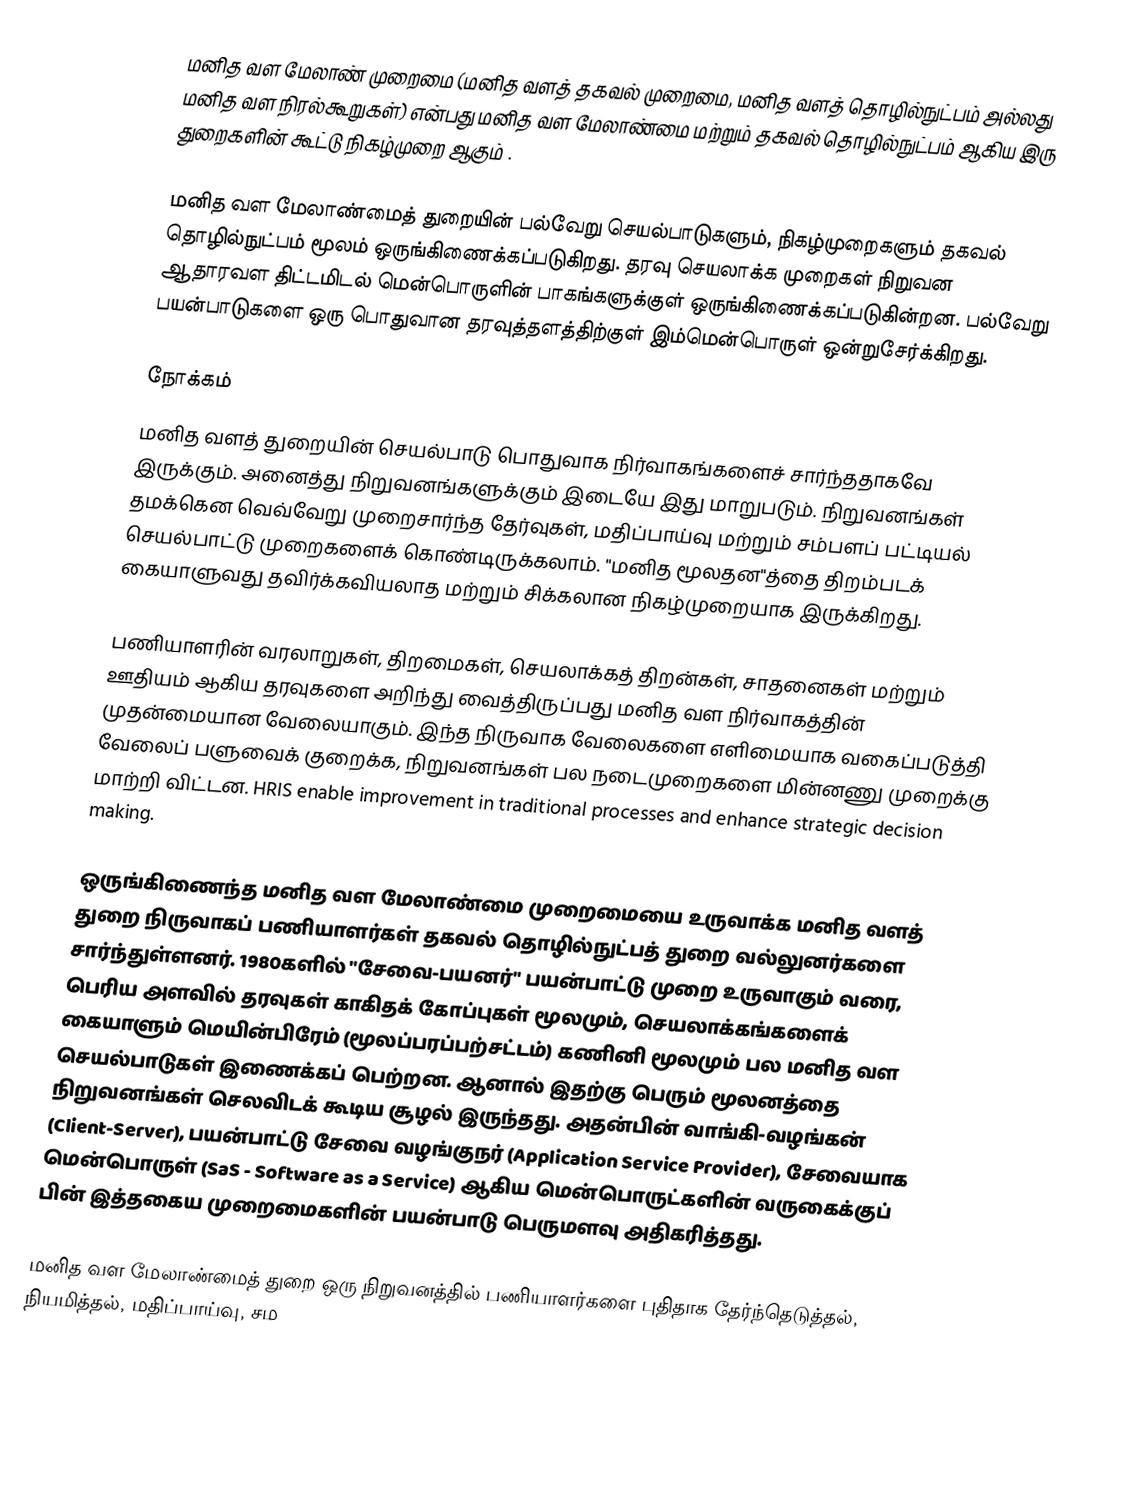
மனித வள மேலாண் முறைமை (மனித வளத் தகவல் முறைமை, மனித வளத் தொழில்நுட்பம் அல்லது மனித வள நிரல்கூறுகள்) என்பது மனித வள மேலாண்மை மற்றும் தகவல் தொழில்நுட்பம் ஆகிய இரு துறைகளின் கூட்டு நிகழ்முறை ஆகும் .

மனித வள மேலாண்மைத் துறையின் பல்வேறு செயல்பாடுகளும், நிகழ்முறைகளும் தகவல் தொழில்நுட்பம் மூலம் ஒருங்கிணைக்கப்படுகிறது. தரவு செயலாக்க முறைகள் நிறுவன ஆதாரவள திட்டமிடல் மென்பொருளின் பாகங்களுக்குள் ஒருங்கிணைக்கப்படுகின்றன. பல்வேறு பயன்பாடுகளை ஒரு பொதுவான தரவுத்தளத்திற்குள் இம்மென்பொருள் ஒன்றுசேர்க்கிறது.

நோக்கம்
மனித வளத் துறையின் செயல்பாடு பொதுவாக நிர்வாகங்களைச் சார்ந்ததாகவே இருக்கும். அனைத்து நிறுவனங்களுக்கும் இடையே இது  மாறுபடும். நிறுவனங்கள் தமக்கென வெவ்வேறு முறைசார்ந்த தேர்வுகள், மதிப்பாய்வு மற்றும் சம்பளப் பட்டியல் செயல்பாட்டு முறைகளைக் கொண்டிருக்கலாம். "மனித மூலதன"த்தை திறம்படக் கையாளுவது தவிர்க்கவியலாத மற்றும் சிக்கலான நிகழ்முறையாக இருக்கிறது.

பணியாளரின் வரலாறுகள், திறமைகள், செயலாக்கத் திறன்கள், சாதனைகள் மற்றும் ஊதியம் ஆகிய தரவுகளை அறிந்து வைத்திருப்பது மனித வள நிர்வாகத்தின் முதன்மையான வேலையாகும். இந்த நிருவாக வேலைகளை எளிமையாக வகைப்படுத்தி வேலைப் பளுவைக் குறைக்க, நிறுவனங்கள் பல நடைமுறைகளை மின்னணு முறைக்கு மாற்றி விட்டன.  HRIS enable improvement in traditional processes and enhance strategic decision making.

ஒருங்கிணைந்த மனித வள மேலாண்மை முறைமையை உருவாக்க மனித வளத் துறை நிருவாகப் பணியாளர்கள் தகவல் தொழில்நுட்பத் துறை வல்லுனர்களை சார்ந்துள்ளனர். 1980களில் "சேவை-பயனர்" பயன்பாட்டு முறை உருவாகும் வரை, பெரிய அளவில் தரவுகள் காகிதக் கோப்புகள் மூலமும், செயலாக்கங்களைக் கையாளும் மெயின்பிரேம் (மூலப்பரப்பற்சட்டம்) கணினி மூலமும் பல மனித வள செயல்பாடுகள் இணைக்கப் பெற்றன. ஆனால் இதற்கு பெரும் மூலனத்தை நிறுவனங்கள் செலவிடக் கூடிய சூழல் இருந்தது. அதன்பின் வாங்கி-வழங்கன் (Client-Server), பயன்பாட்டு சேவை வழங்குநர் (Application Service Provider),  சேவையாக மென்பொருள் (SaS - Software as a Service) ஆகிய மென்பொருட்களின் வருகைக்குப் பின் இத்தகைய முறைமைகளின் பயன்பாடு பெருமளவு அதிகரித்தது.

மனித வள மேலாண்மைத் துறை ஒரு நிறுவனத்தில் பணியாளர்களை புதிதாக தேர்ந்தெடுத்தல், நியமித்தல், மதிப்பாய்வு, சம